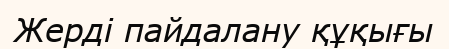
Жерді пайдалану құқығы